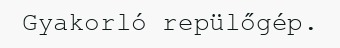
Gyakorló repülőgép.